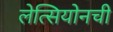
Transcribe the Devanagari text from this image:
लेत्सियोनची